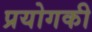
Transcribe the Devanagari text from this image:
प्रयोगकी